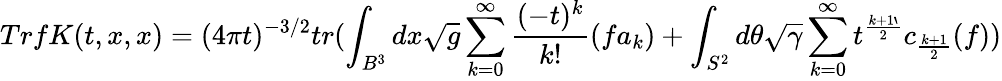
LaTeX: TrfK(t,x,x)=(4\pi t)^{-3/2}tr(\int_{B^{3}}dx\sqrt{g}\sum_{k=0}^{\infty}\frac{(-t)^{k}}{k!}(fa_{k})+\int_{S^{2}}d\theta\sqrt{\gamma}\sum_{k=0}^{\infty}t^{\frac{k+1`}{2}}c_{\frac{k+1}{2}}(f))